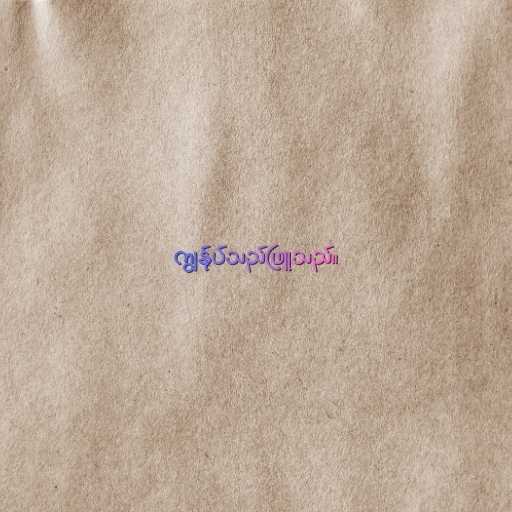
ကျွန်ုပ်သည်ဖြူသည်။